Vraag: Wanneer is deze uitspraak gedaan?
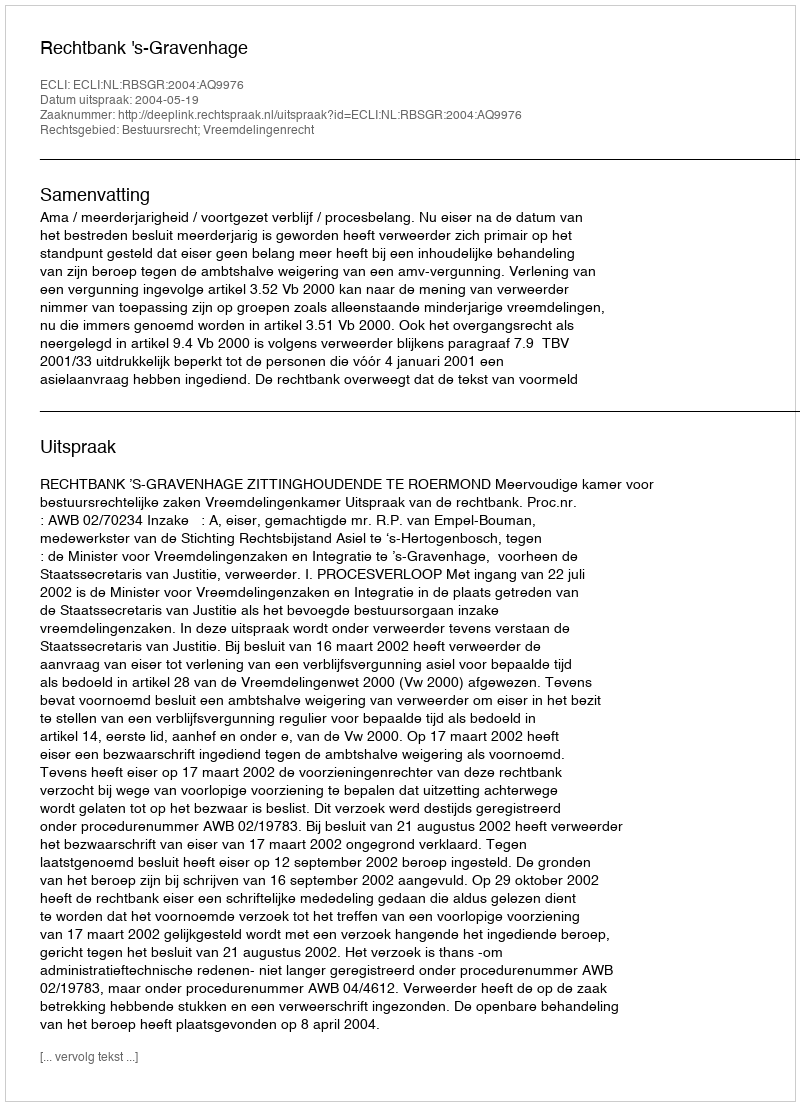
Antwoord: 2004-05-19